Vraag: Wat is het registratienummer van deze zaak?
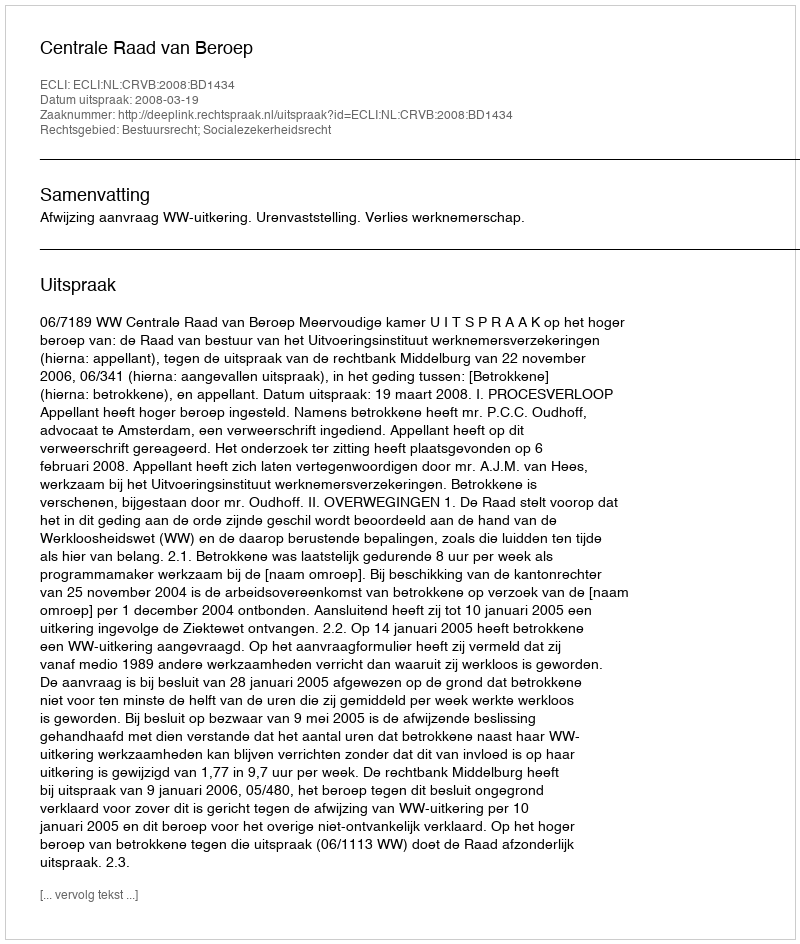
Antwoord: http://deeplink.rechtspraak.nl/uitspraak?id=ECLI:NL:CRVB:2008:BD1434